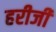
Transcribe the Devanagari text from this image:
हरीजी